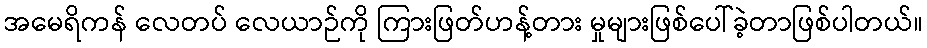
အမေရိကန် လေတပ် လေယာဉ်ကို ကြားဖြတ်ဟန့်တား မှုများဖြစ်ပေါ်ခဲ့တာဖြစ်ပါတယ်။